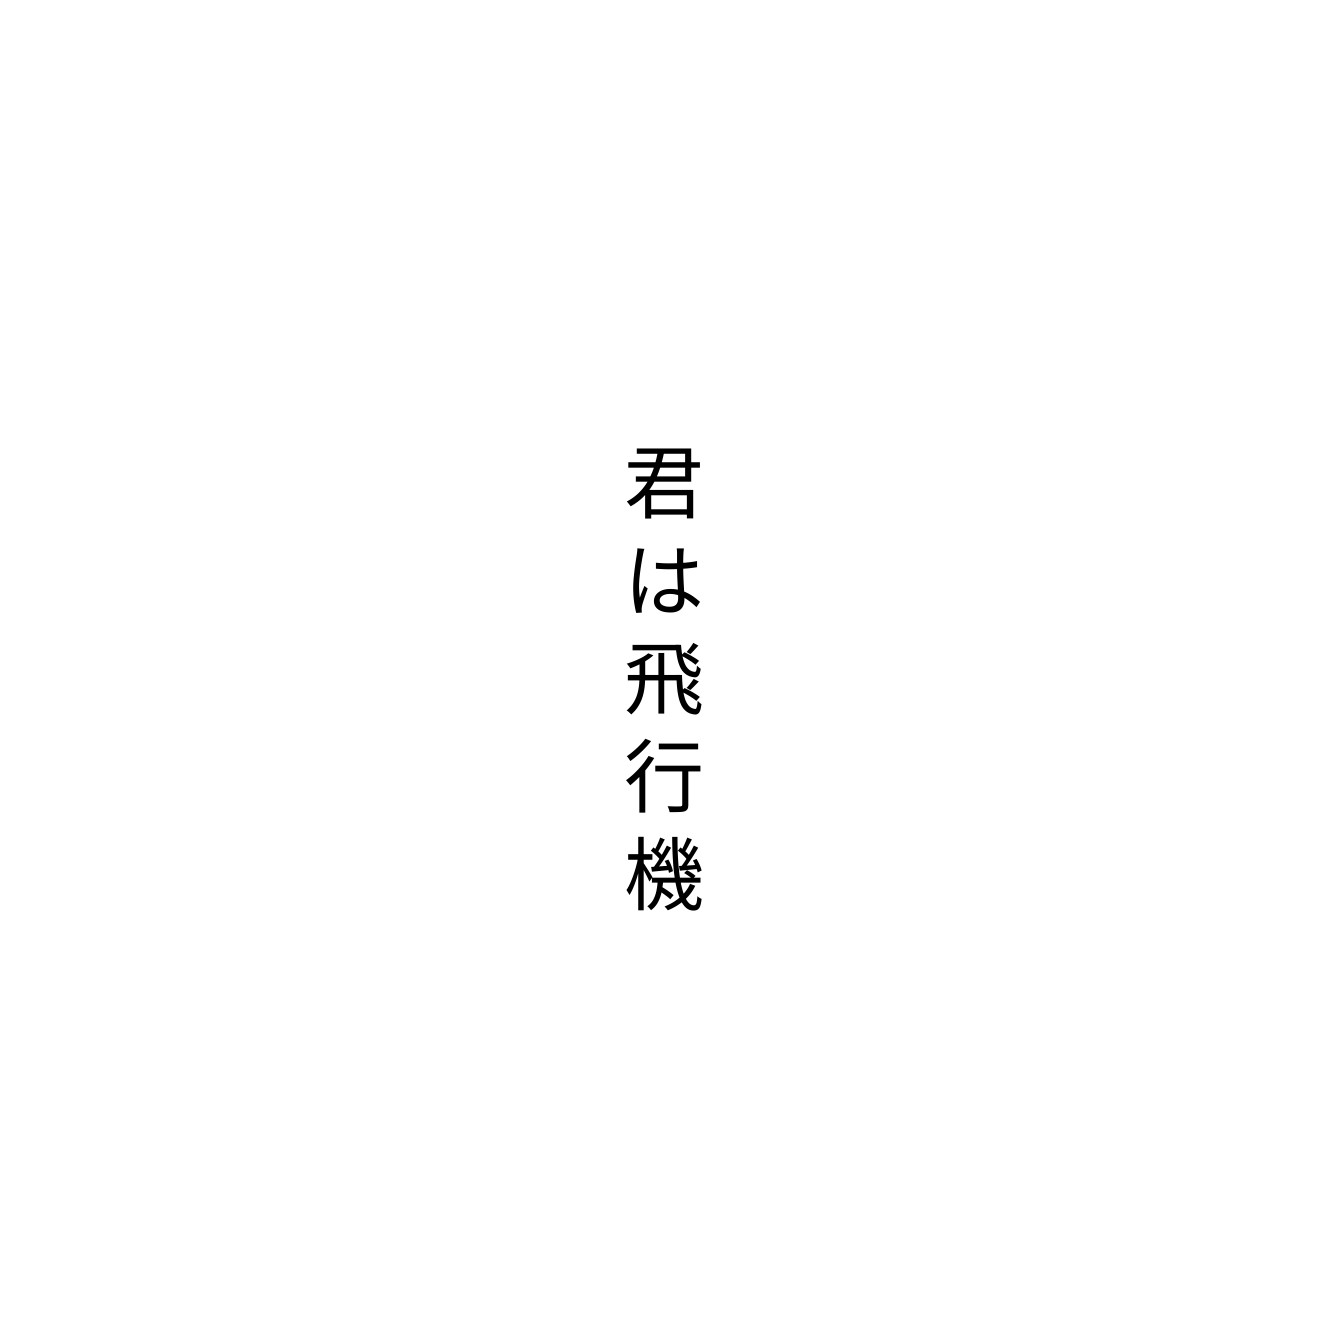
君は飛行機